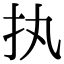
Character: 执